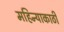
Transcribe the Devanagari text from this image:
महिन्याकाठी